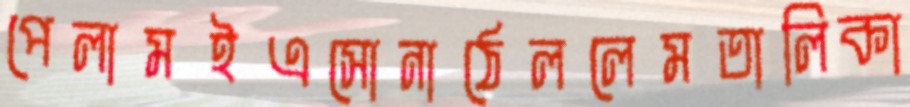
পেলামইএসোনাঠেললেমতালিকা